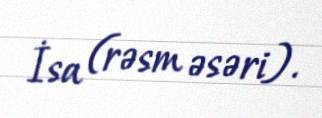
İsa (rəsm əsəri).